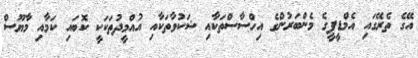
އޭގެ ތެރޭގައި އެމްޑީޕީގެ މެންބަރުންގެ އިހްސާސްތަކާއި ޝަކުވާތަކާއި އުއްމީދުތަކަކީ ކޮބައި ކަމާއި މާޔޫސް